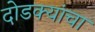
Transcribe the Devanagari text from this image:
दोडक्यांचा